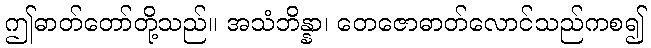
ဤဓာတ်တော်တို့သည်။ အသံဘိန္နာ၊ တေဇောဓာတ်လောင်သည်ကစ၍